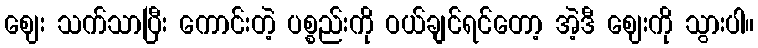
ဈေး သက်သာပြီး ကောင်းတဲ့ ပစ္စည်းကို ဝယ်ချင်ရင်တော့ အဲ့ဒီ ဈေးကို သွားပါ။